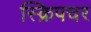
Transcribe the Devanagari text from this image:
स्क्रिपचर